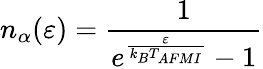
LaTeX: n_{\alpha}(\varepsilon)=\frac{1}{e^{\frac{\varepsilon}{k_{B}T_{AFMI}}}-1}